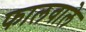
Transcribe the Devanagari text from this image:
फालवाले